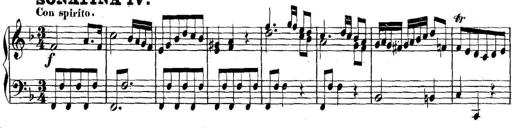
Title: Collected Piano Sonatas
Composer: Muzio Clementi